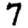
Digit: 7